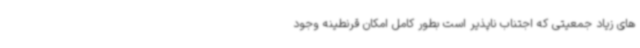
های زیاد جمعیتی که اجتناب ناپذیر است بطور کامل امکان قرنطینه وجود